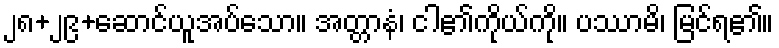
၂၈+၂၉+ဆောင်ယူအပ်သော။ အတ္တာနံ၊ ငါ၏ကိုယ်ကို။ ပဿာမိ၊ မြင်ရ၏။